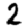
Digit: 2